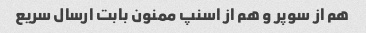
هم از سوپر و هم از اسنپ ممنون بابت ارسال سریع